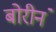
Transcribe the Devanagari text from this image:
बोरीनं